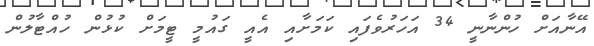
އޭނާއަށް ހުންނާނީ 34 އަހަރުވެފައި ކަމަށާއި އެއީ ގައުމީ ޓީމަށް ކުޅުން ހުއްޓާލުން